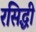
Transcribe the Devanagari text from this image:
रसिद्धी